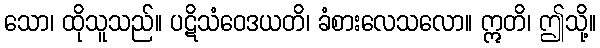
သော၊ ထိုသူသည်။ ပဋိသံဝေဒယတိ၊ ခံစားလေသလော။ ဣတိ၊ ဤသို့။